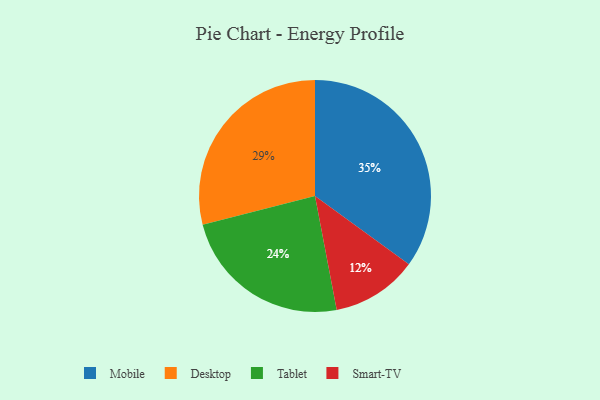
{"axis": {"x": "Category", "y": "Percentage"}, "legend": ["Desktop", "Mobile", "Smart-TV", "Tablet"], "data": [{"x": "Desktop", "y": 29, "type": "Desktop"}, {"x": "Mobile", "y": 35, "type": "Mobile"}, {"x": "Tablet", "y": 24, "type": "Tablet"}, {"x": "Smart-TV", "y": 12, "type": "Smart-TV"}]}